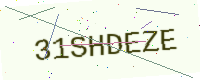
Text: 31SHDEZE